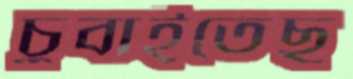
চুবাইতেছ